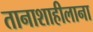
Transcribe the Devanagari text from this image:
तानाशाहीलाना